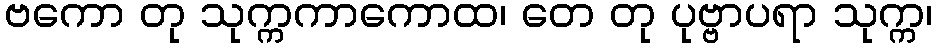
ဗကော တု သုက္ကကာကောထ၊ တေ တု ပုဗ္ဗာပရာ သုက္က၊